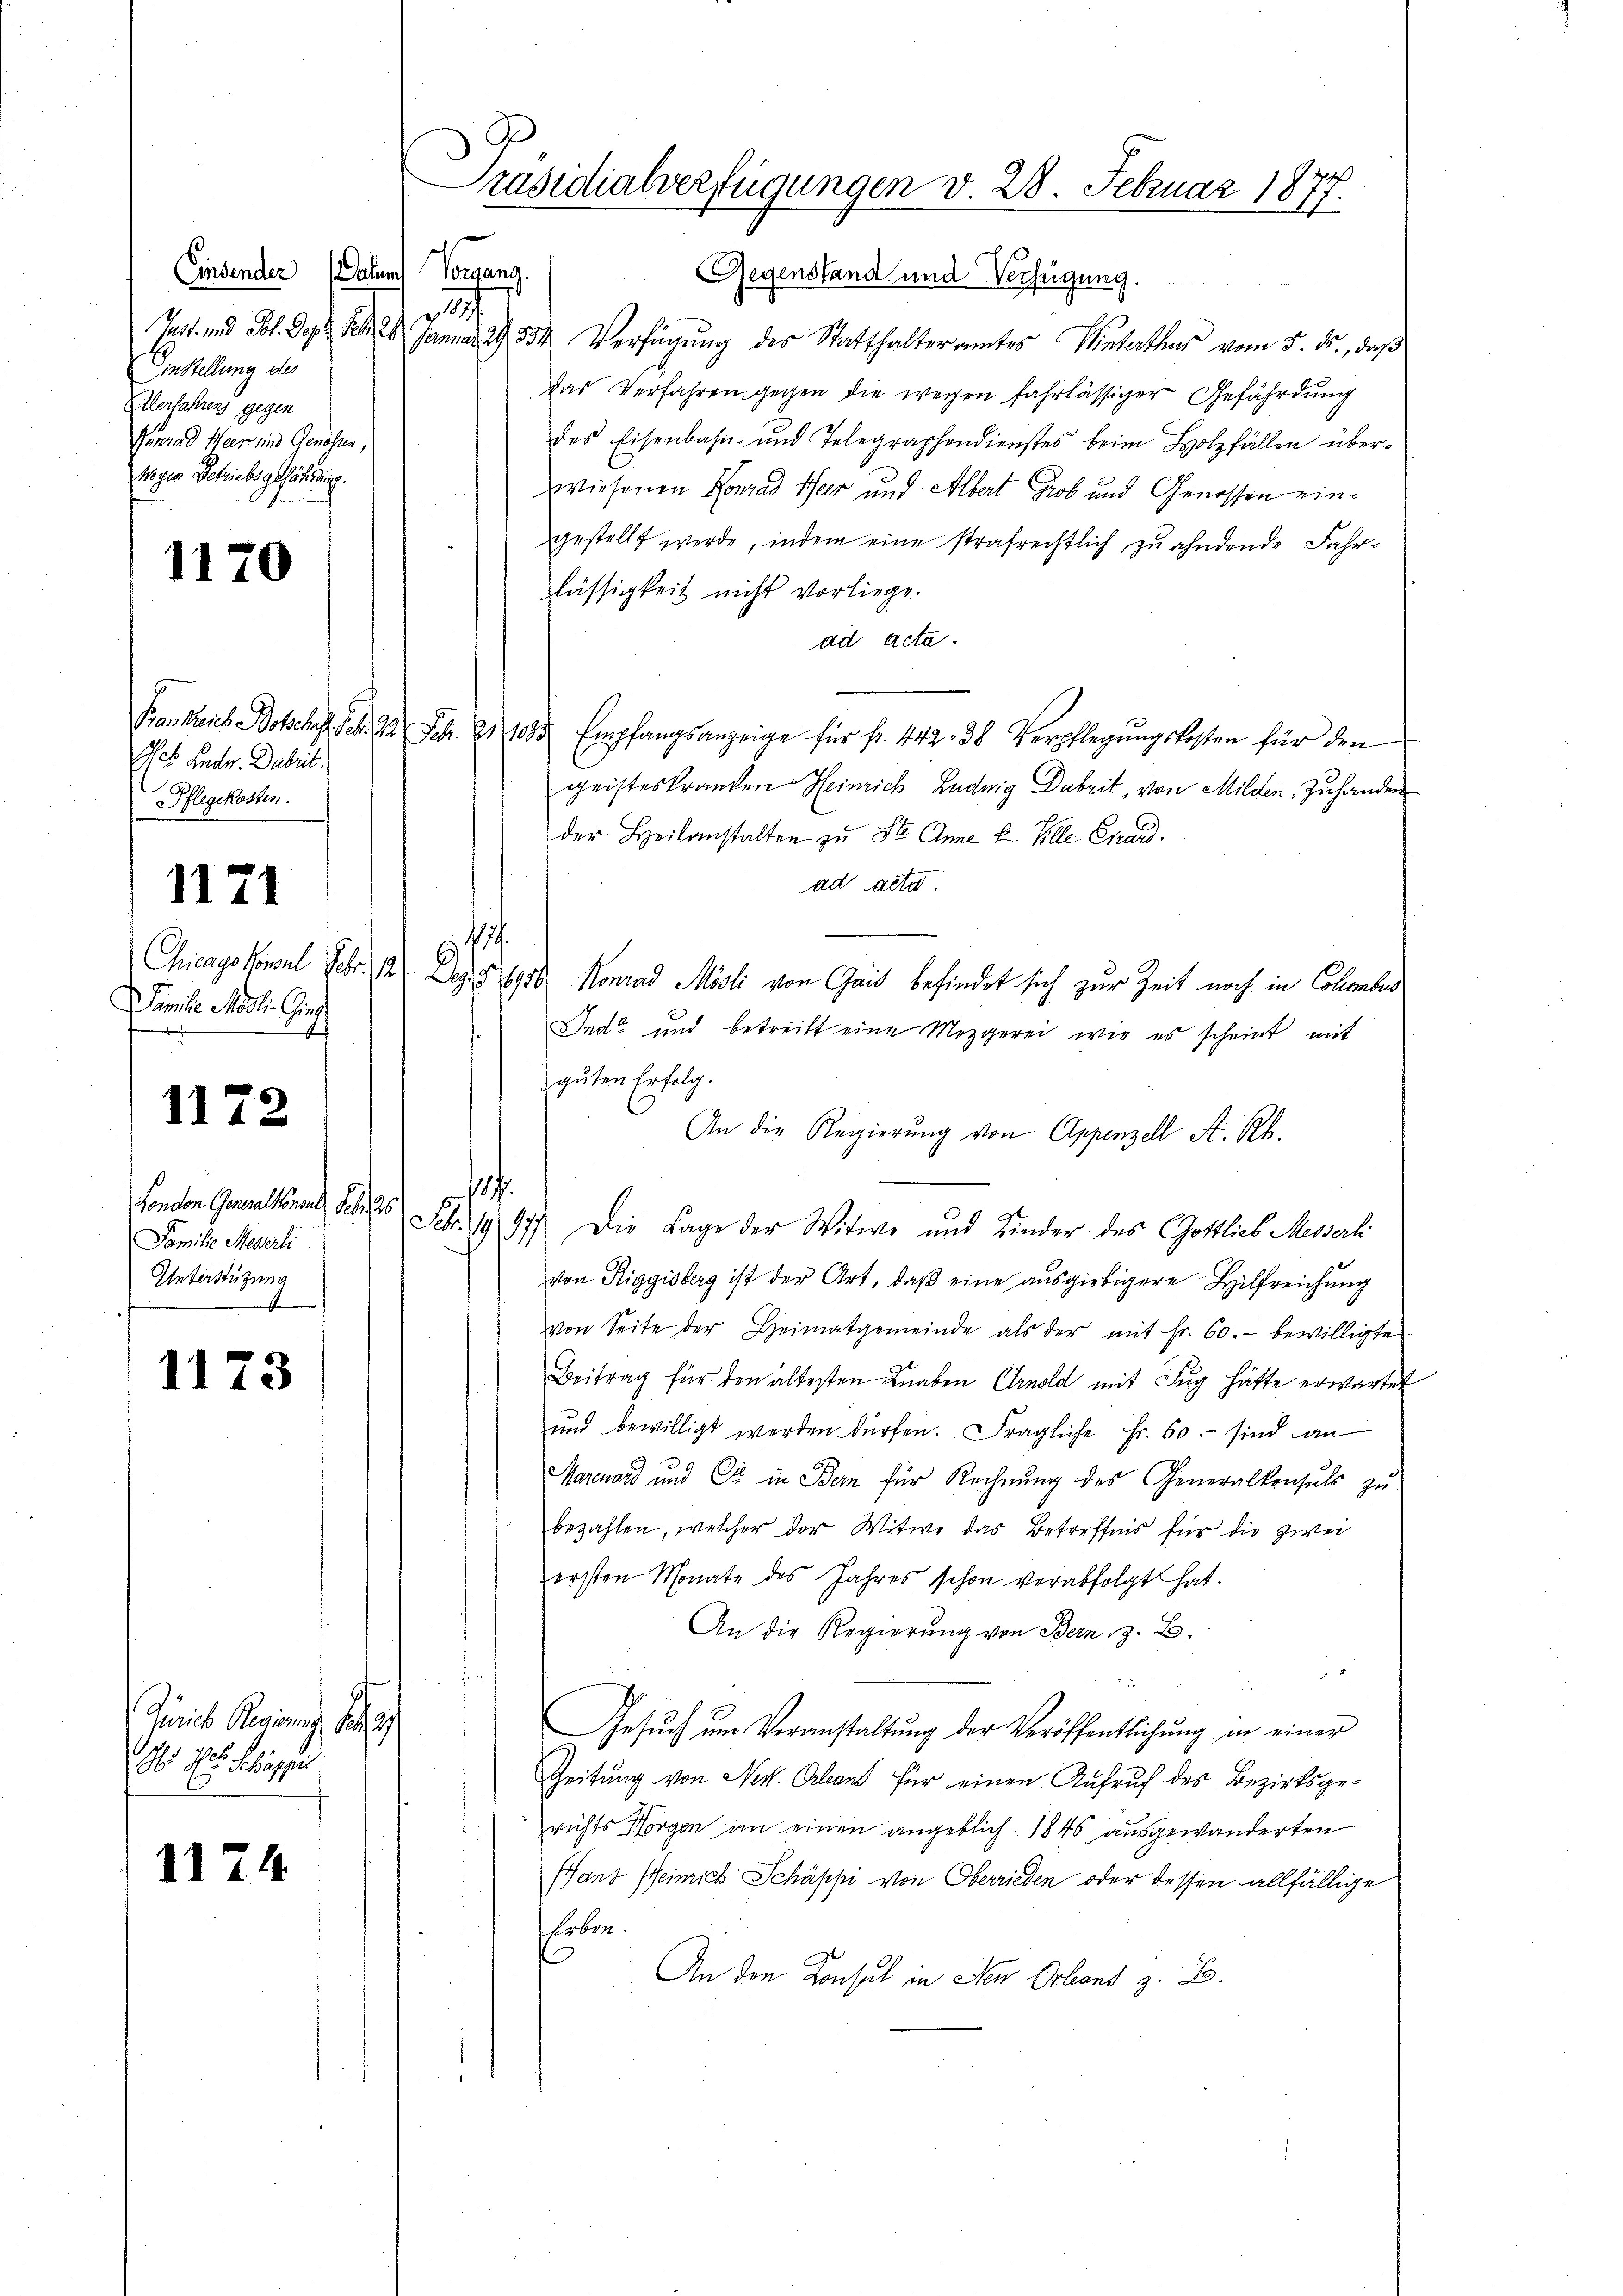
Einsender Datum
Einstellung des
Alerfahrens gegen
Genrad Heer und Genossen,
Wegen Betriebsgefährdung.

1170

As. Ende. Dabeit.
Pflegekosten.

1171

hicago konsul Febr.
Familie Modli. Gies

1172

Conton Generalsunde des 25. 21. 19
Familie Meierli
Unterstüzung
1

1173

Zürich Regierung des
A Ill. Schäppi

1174

Präsidialverfügungen v. 28. Februar 1877.

Gegenstand und Verfügung.
1
Jast. und Joh. Doch sehe Januar 29, 334 Verfügung des Statthalteramtes Winterthus vom 5. ds., daß
Das Verfahren gegen die wegen fahrlässiger Gefährdung
des Eisenbahn- und Telegraphendienstes beim Holzfällen über-
wiesenen Konrad Heer und Albert Grob und Genossen eingestellt werde, indem eine strafrechtlich zu ahndende Fahrlässigkeit nicht vorliege.
ad acta.
Frankreis Botschaft d. 22 Febr. 1035 Empfangsanzeige für fr. 442. 38. Verpflegŭngskosten für den
geisteskranken Heinrich Ludwig Dubrit, von Milden, Zuhanden
der Heilanstalten zu St. Anne u Ville Chard.
ad acte.
12. Dez. § 6956 Konrad Mösli von Gais befindet sich zur Zeit noch in Collembus
Ind und betreift eine Mezgerei wie es scheint mit
guten Erfolg.
An die Regierung von Appenzell A. Rh.
1170.
47) Die Lage der Witwe und Kinder des Gottlieb Messerli
von Riggisberg ist der Art, daβ eine ausgiebigere Hilfreichung
von Seite der Heimatgemeinde als der mit Fr. 60.- bewilligte
Beitrag für den ältesten Knaben Arnold mit Zug hätte erwartet
und bewilligt werden dürfen. Fragliche Fr. 60. sind an
Marcuard und Er in Bern für Rechnung des Generalkonsuls zu
bezahlen, welcher der Witwe das Betreffnis für die zwei
ersten Monate des Jahres schon verabfolgt hat.
An die Regierung von Bern z. B.

.
Gesŭch ŭm Veranstaltung der Veröffentlichung in einer
Zeitung von New-Orleant für einen Aufruf des Bezirksgerichts Horgen an einen angeblich. 1846 ausgewanderten
Gant Heinrich Schäppi von Oberrieden oder dessen allfällige
hüben.
An den Konsul in Neu Orland z. B.

¬

Vorgang.